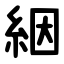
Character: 絪